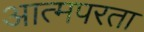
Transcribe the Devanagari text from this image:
आत्मपरता